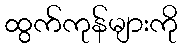
ထွက်ကုန်များကို